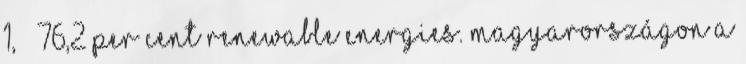
1,  76,2 per cent renewable energies. Magyarországon a